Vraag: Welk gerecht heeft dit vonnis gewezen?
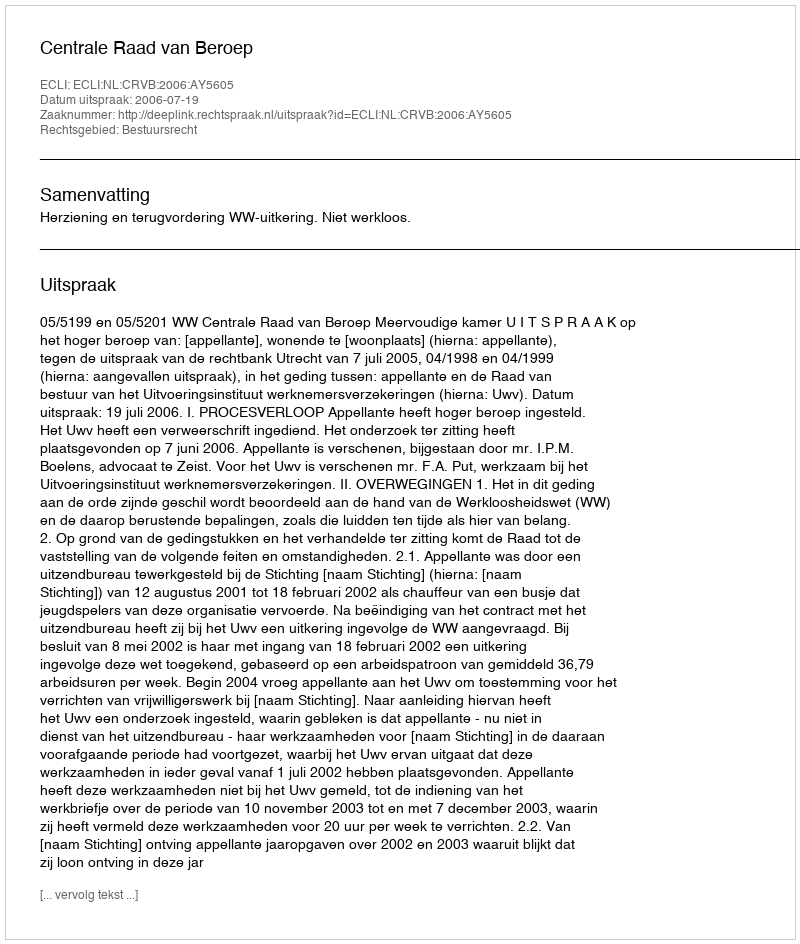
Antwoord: Centrale Raad van Beroep